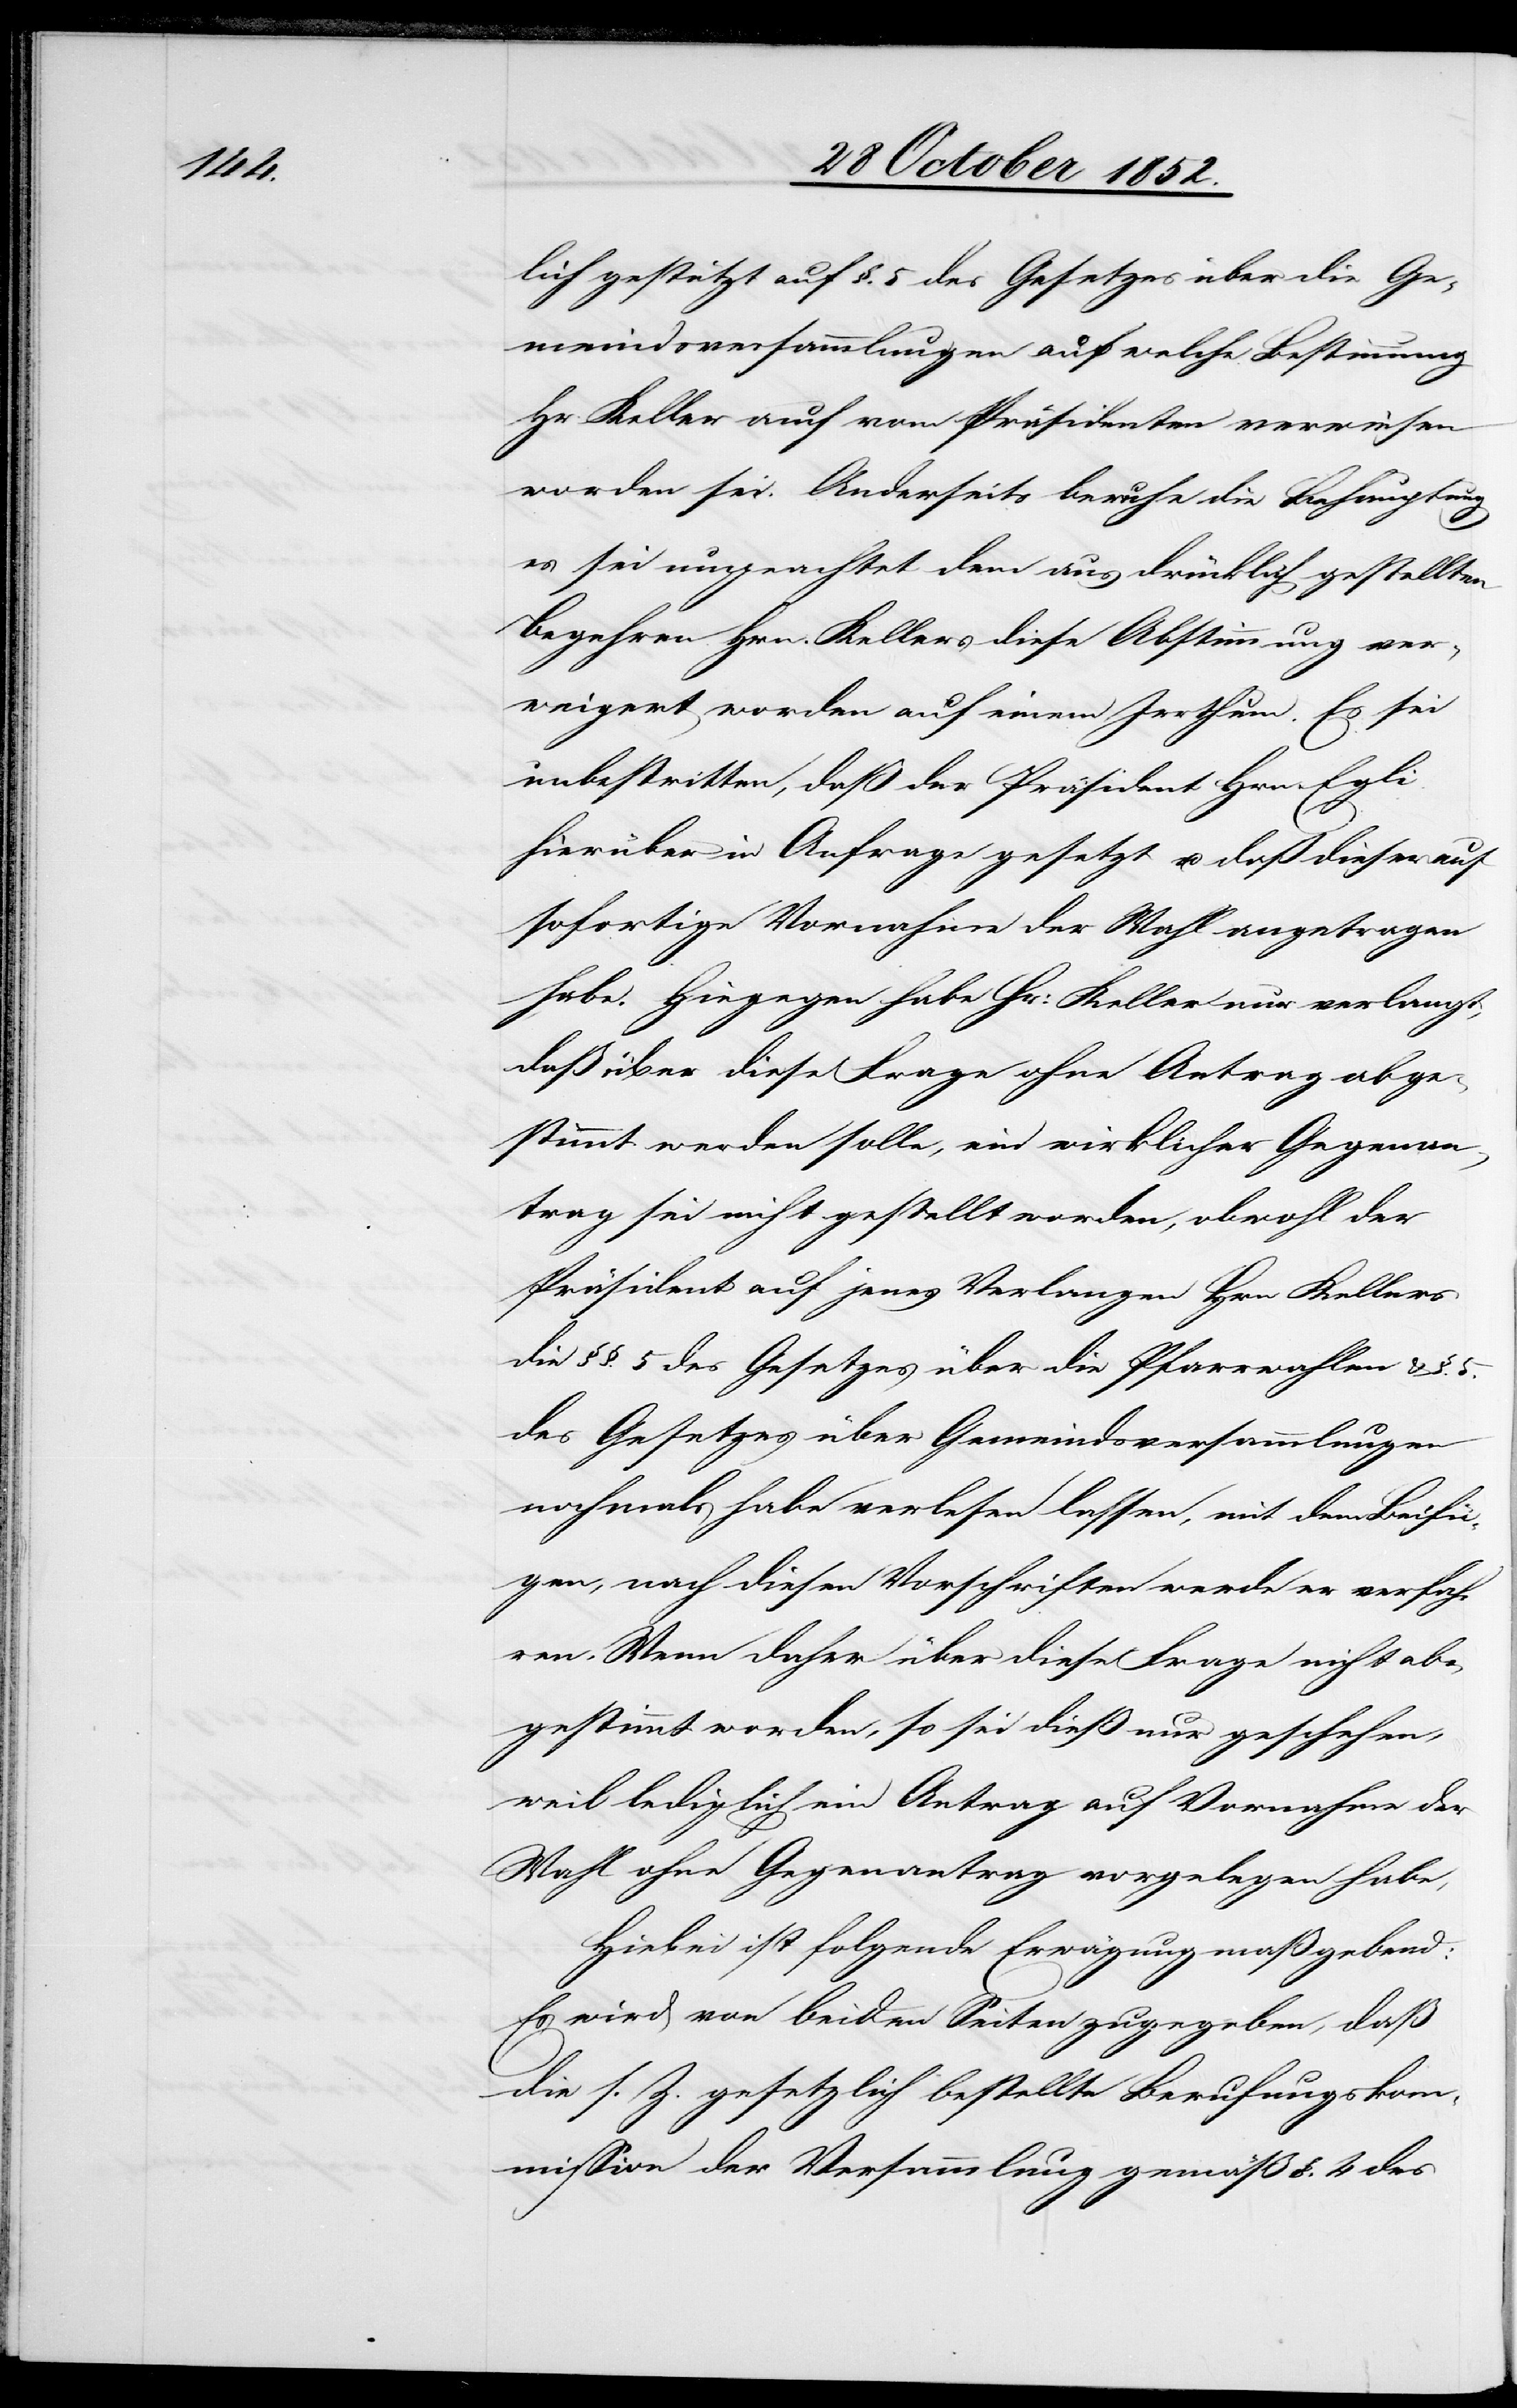
lich gestützt auf §. 5 des Gesetzes über die Ge¬
meindsversammlungen auf welche Bestimmung
Hr. Keller auch vom Präsidenten verwiesen
worden sei. Anderseits beruhe die Behauptung
es sei ungeachtet dem ausdrücklich gestellten
Begehren Hrn. Kellers diese Abstimmung ver¬
weigert worden auf einem Irrthum. Es sei
unbestritten, daß der Präsident Hrn. Egli
hierüber in Anfrage gesetzt u. daß dieser auf
sofortige Vornahme der Wahl angetragen
habe. Hiegegen habe Hr: Keller nur verlangt,
daß über diese Frage ohne Antrag abge¬
stimmt werden solle, ein wirklicher Gegenan¬
trag sei nicht gestellt worden, obwohl der
Präsident auf jenes Verlangen Hrn. Kellers
die §§. 5 des Gesetzes über die Pfarrwahlen & §. 5.
des Gesetzes über Gemeindsversammlungen
nochmals habe verlesen lassen, mit dem Beifü¬
gen, nach diesen Vorschriften werde er verfah¬
ren. Wenn daher über diese Frage nicht ab¬
gestimmt worden, so sei dieß nur geschehen,
weil lediglich ein Antrag auf Vornahme der
Wahl ohne Gegenantrag vorgelegen habe,
Hiebei ist folgende Erwägung maßgebend:
Es wird von beiden Seiten zugegeben, daß
die s. Z. gesetzlich bestellte Berufungskom¬
mission der Versammlung gemäß §. 4 des